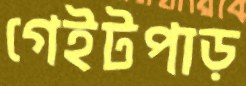
গেইটপাড়